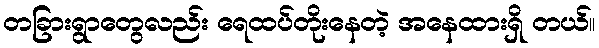
တခြားရွာတွေလည်း ရေထပ်တိုးနေတဲ့ အနေထားရှိ တယ်။